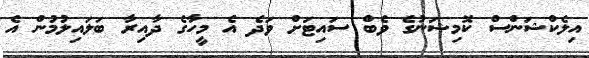
އިލެކްޝަންސް ކޮމިޝަނުގެ ވެބް ސައިޓަށް ވަދެ އެ މީހާގެ ދާއިރާ ބަލައިލުމުން އެ